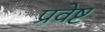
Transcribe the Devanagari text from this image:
प्रवेष्ट